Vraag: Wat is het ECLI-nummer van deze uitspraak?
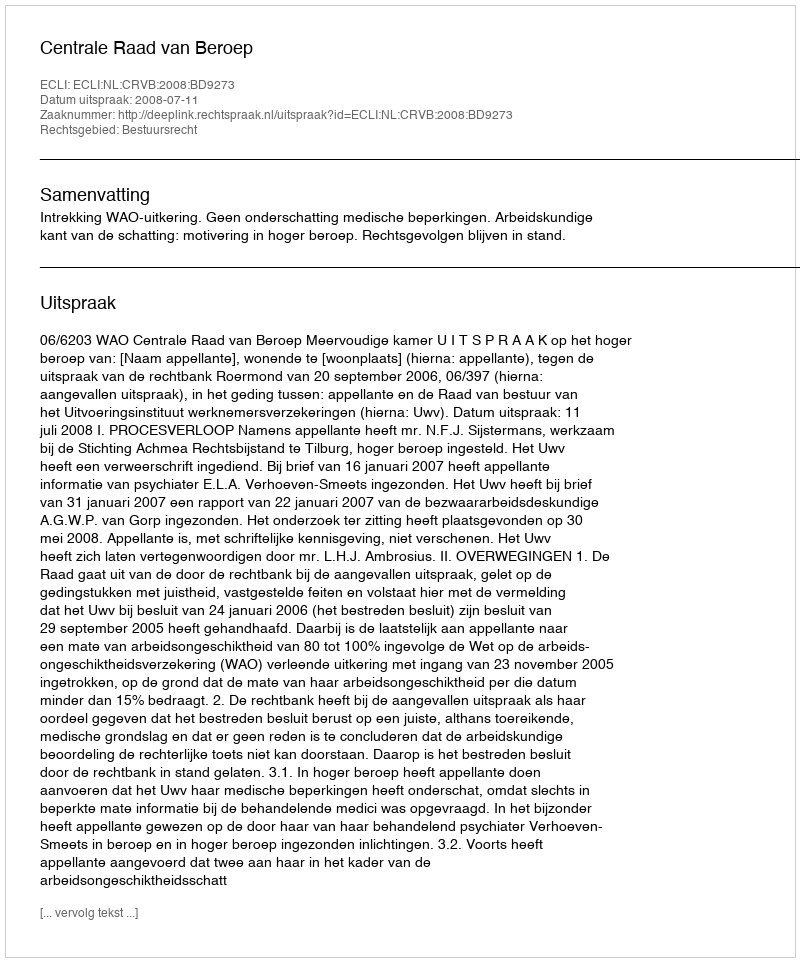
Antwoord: ECLI:NL:CRVB:2008:BD9273